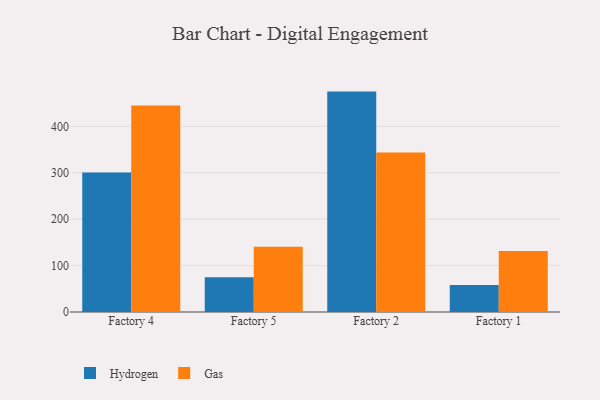
{"axis": {"x": "Factory", "y": "Satisfaction Score"}, "legend": ["Gas", "Hydrogen"], "data": [{"x": "Factory 4", "y": 300.5, "type": "Hydrogen"}, {"x": "Factory 4", "y": 444.7, "type": "Gas"}, {"x": "Factory 5", "y": 75.1, "type": "Hydrogen"}, {"x": "Factory 5", "y": 140.3, "type": "Gas"}, {"x": "Factory 2", "y": 474.8, "type": "Hydrogen"}, {"x": "Factory 2", "y": 343.4, "type": "Gas"}, {"x": "Factory 1", "y": 57.9, "type": "Hydrogen"}, {"x": "Factory 1", "y": 131.3, "type": "Gas"}]}